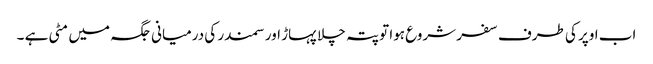
اب اوپر کی طرف سفر شروع ہوا تو پتہ چلا پہاڑ اور سمندر کی درمیانی جگہ میں مٹی ہے ۔